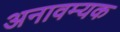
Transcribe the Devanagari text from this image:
अनावम्यक